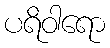
ပရိဝါရော